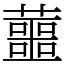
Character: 蘁